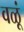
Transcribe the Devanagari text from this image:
वळूं